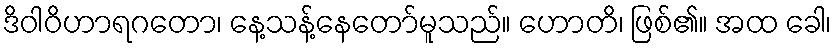
ဒိဝါဝိဟာရဂတော၊ နေ့သန့်နေတော်မူသည်။ ဟောတိ၊ ဖြစ်၏။ အထ ခေါ၊